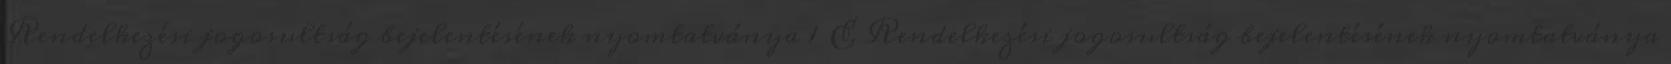
Rendelkezési jogosultság bejelentésének nyomtatványa 1 E Rendelkezési jogosultság bejelentésének nyomtatványa